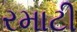
રમાટી